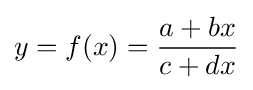
y=f(x)={\frac {a+bx}{c+dx}}